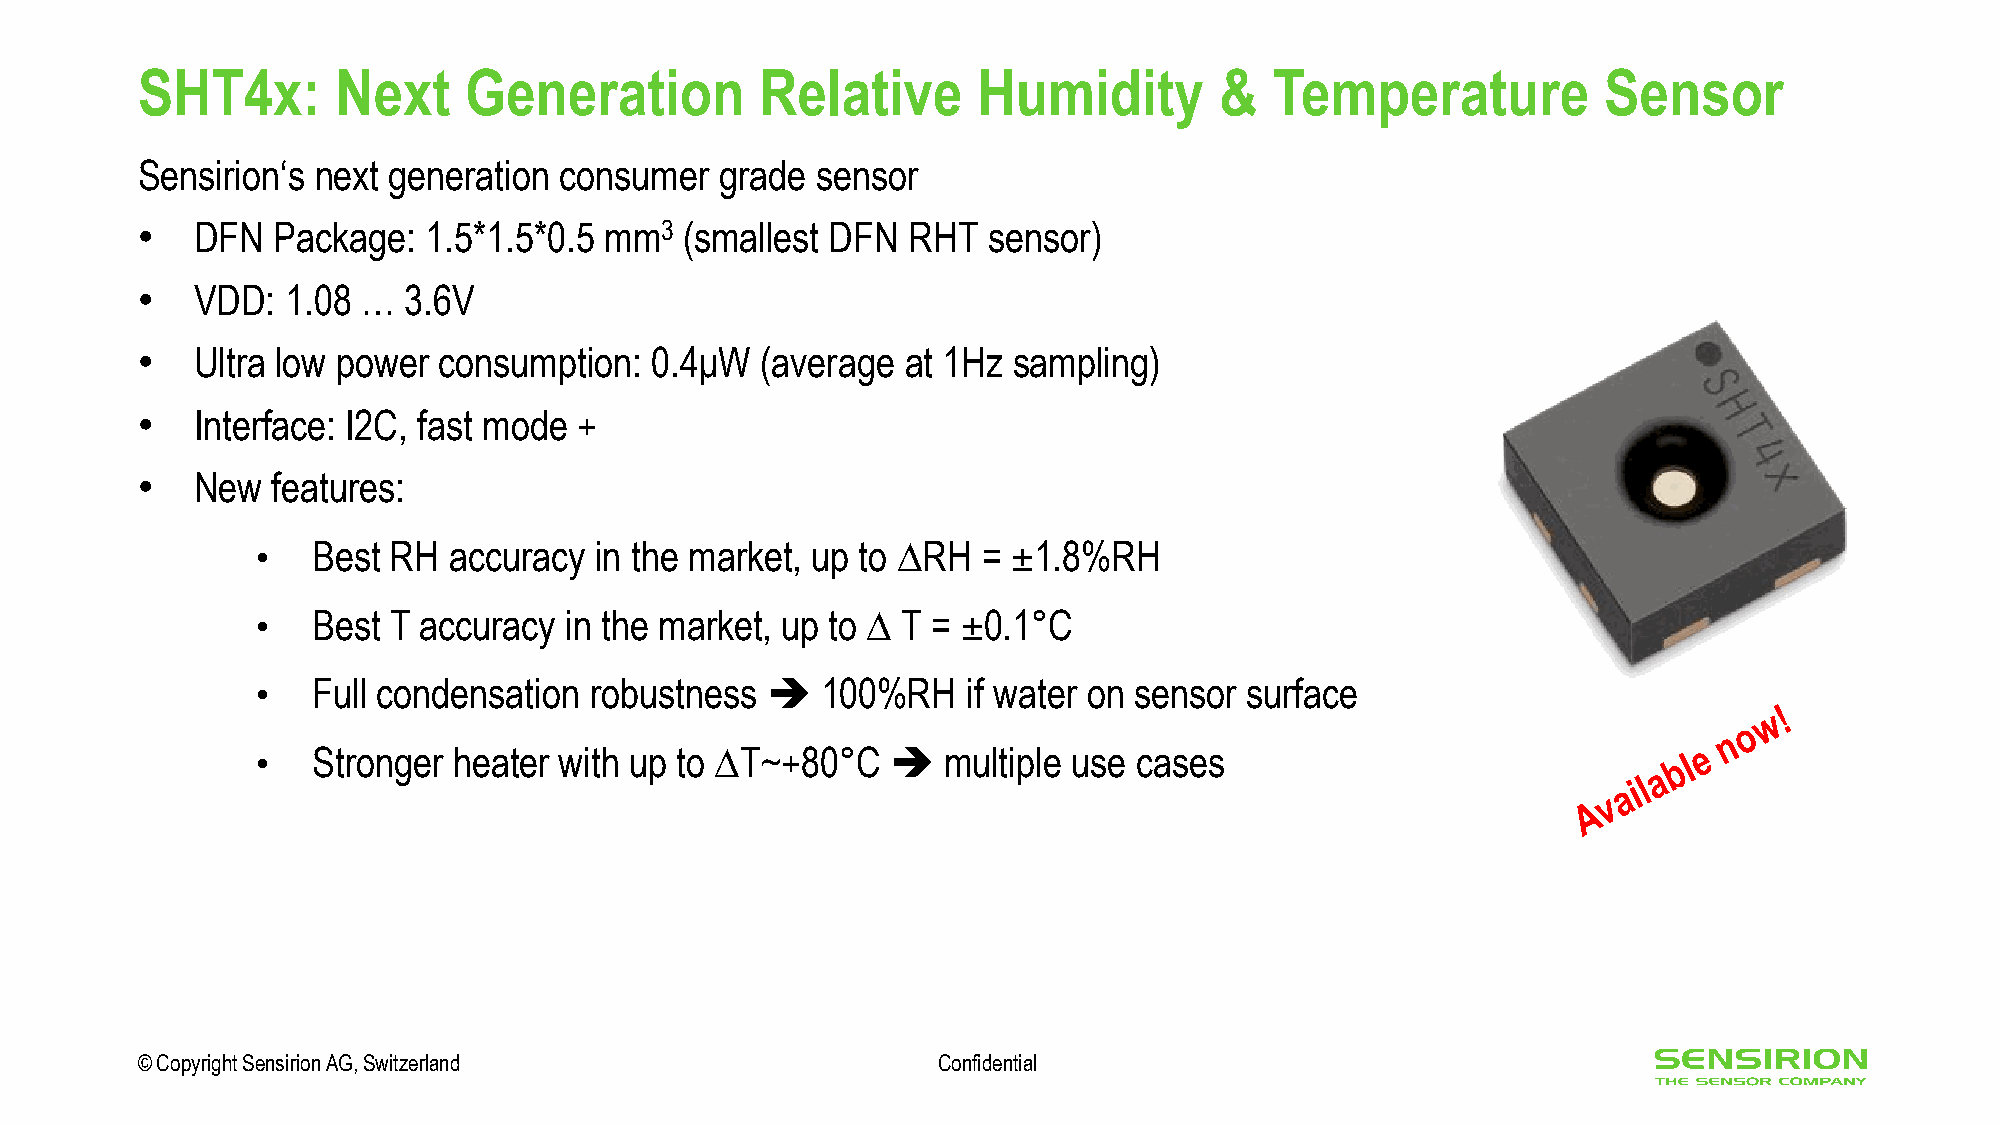
SHT4x:       Next     Generation         Relative       Humidity        &  Temperature           Sensor
 Sensirion‘s next generation consumer   grade sensor
 •   DFN  Package:  1.5*1.5*0.5 mm3  (smallest DFN  RHT  sensor)
 •   VDD:  1.08 …  3.6V
 •   Ultra low power consumption:  0.4μW  (average  at 1Hz sampling)
 •   Interface: I2C, fast mode +
 •   New  features:
 •   Best RH  accuracy in the market, up to ∆RH  = ±1.8%RH
 •   Best T accuracy in the market, up to ∆ T = ±0.1°C
 •   Full condensation robustness  ➔  100%RH    if water on sensor surface
 •   Stronger heater with up to ∆T~+80°C   ➔  multiple use cases
 © Copyright Sensirion AG, Switzerland                Confidential